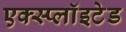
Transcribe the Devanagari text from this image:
एक्स्प्लाॅइटेड